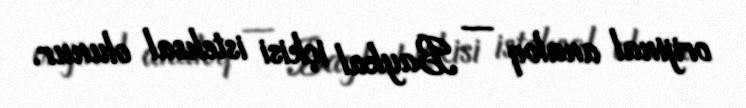
orijinal analoq — Baykal içkisi istehsal olunur.